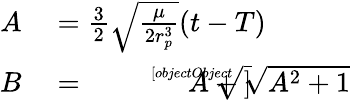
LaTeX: \begin{array}{rl}{A}&{{}={\frac{3}{2}}{\sqrt{\frac{\mu}{2r_{p}^{3}}}}(t-T)}\\ {B}&{{}={\sqrt[[objectObject]]{A+{\sqrt{A^{2}+1}}}}}\end{array}